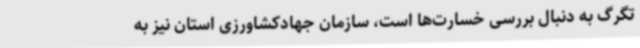
تگرگ به دنبال بررسی خسارت‌ها است، سازمان جهادکشاورزی استان نیز به